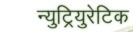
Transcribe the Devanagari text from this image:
न्युट्रियुरेटिक